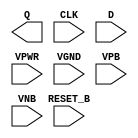
module sky130_fd_sc_ls__dfrtp (
    Q      ,
    CLK    ,
    D      ,
    RESET_B,
    VPWR   ,
    VGND   ,
    VPB    ,
    VNB
);

    output Q      ;
    input  CLK    ;
    input  D      ;
    input  RESET_B;
    input  VPWR   ;
    input  VGND   ;
    input  VPB    ;
    input  VNB    ;
endmodule